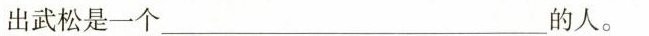
出武松是一个___的人。